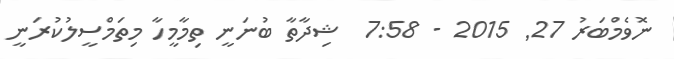
ނޮވެމްބަރު 27